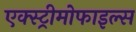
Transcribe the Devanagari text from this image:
एक्स्ट्रीमोफाइल्स